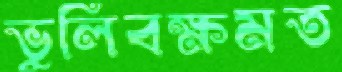
ভুলিবক্ষমত